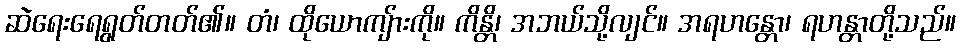
ဆဲရေးရေရွတ်တတ်၏။ တံ၊ ထိုယောကျ်ားကို။ ကိန္တိ၊ အဘယ်သို့လျင်။ အရဟန္တော၊ ရဟန္တာတို့သည်။